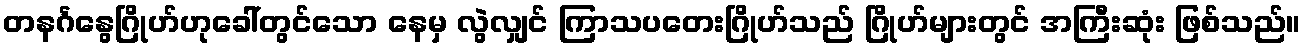
တနင်္ဂနွေဂြိုဟ်ဟုခေါ်တွင်သော နေမှ လွဲလျှင် ကြာသပတေးဂြိုဟ်သည် ဂြိုဟ်များတွင် အကြီးဆုံး ဖြစ်သည်။